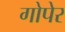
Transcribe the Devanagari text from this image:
गोपेर